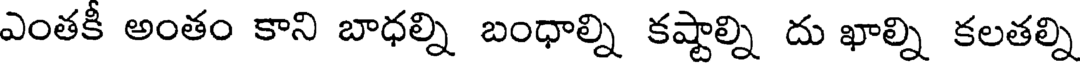
ఎంతకీ అంతం కాని బాధల్ని బంధాల్ని కష్టాల్ని దు ఖాల్ని కలతల్ని